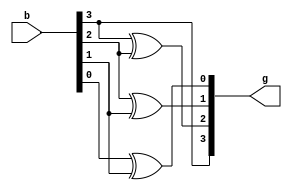
//binary to gray decoder
module btg(input [3:0]b,
           output [3:0]g);
		   
	assign g[3]=b[3];
	assign g[2]=b[3]^b[2];
	assign g[1]=b[2]^b[1];
	assign g[0]=b[0]^b[1];
	
endmodule